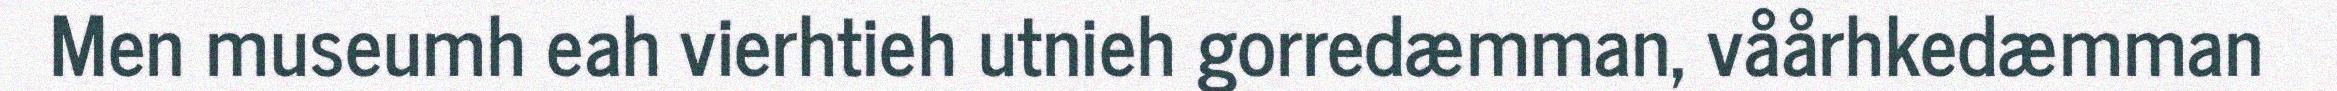
Men museumh eah vierhtieh utnieh gorredæmman, våårhkedæmman